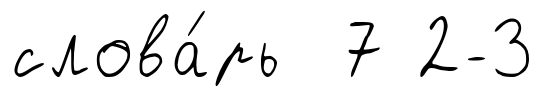
слова́рь 7 2-3